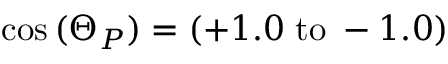
\cos { ( \Theta _ { P } ) } = ( + 1 . 0 \; \mathrm { { t o } } \; - 1 . 0 )